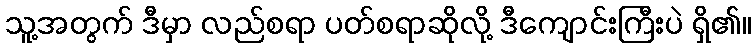
သူ့အတွက် ဒီမှာ လည်စရာ ပတ်စရာဆိုလို့ ဒီကျောင်းကြီးပဲ ရှိ၏။